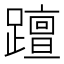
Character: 𨆁